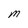
Character: M